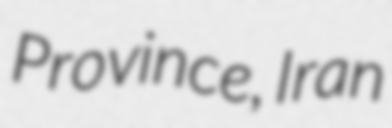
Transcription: Province, Iran